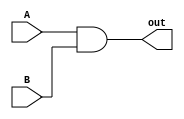
`timescale 1ns / 1ps
//////////////////////////////////////////////////////////////////////////////////
// Company: 
// Engineer: 
// 
// Design Name: 
// Module Name: AND
// Project Name: 
// Target Devices: 
// Tool Versions: 
// Description: 
// 
// Dependencies: 
// 
// Revision:
// Revision 0.01 - File Created
// Additional Comments:
// 
//////////////////////////////////////////////////////////////////////////////////


module AND #(parameter W = 1)( output [W-1:0]out, input [W-1:0]A, input [W-1:0]B);
    genvar ii;
    generate
        for(ii = 0; ii < W; ii = ii + 1) begin
            wire w0;
            nand nand0 (w0, A[ii], B[ii]);
            nand nand1 (out[ii], w0, w0);
        end
    endgenerate
endmodule